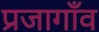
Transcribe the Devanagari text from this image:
प्रजागाँव